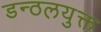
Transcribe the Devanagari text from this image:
डन्ठलयुक्त